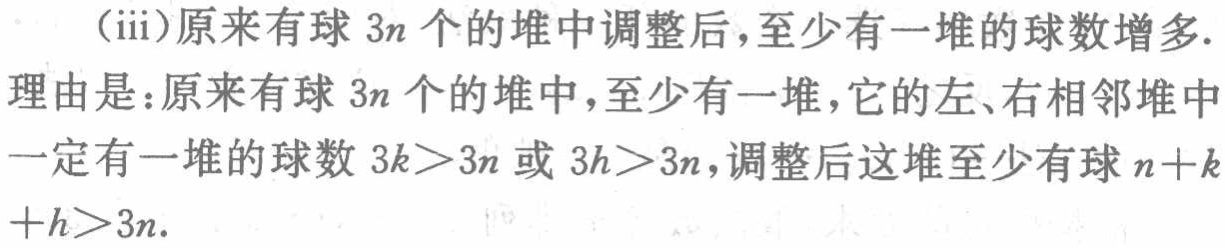
(iii)原来有球 \(3n\) 个的堆中调整后，至少有一堆的球数增多.

理由是：原来有球 \(3n\) 个的堆中，至少有一堆，它的左、右相邻堆中一定有一堆的球数 \(3k > 3n\) 或 \(3h>3n\)，调整后这堆至少有球 \(n + k+h>3n\).